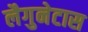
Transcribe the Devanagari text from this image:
लैगुनेटास